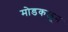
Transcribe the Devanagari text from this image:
मोडकळून